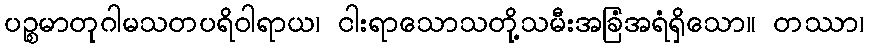
ပဉ္စမာတုဂါမသတပရိဝါရာယ၊ ငါးရာသောသတို့သမီးအခြံအရံရှိသော။ တဿာ၊